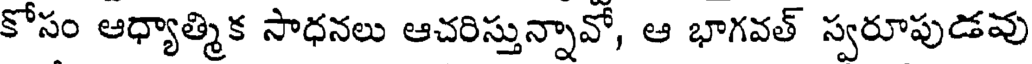
కోసం ఆధ్యాత్మిక సాధనలు ఆచరిస్తున్నావో, ఆ భాగవత్ స్వరూపుడవు